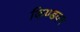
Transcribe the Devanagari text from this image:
किण्डवन